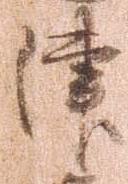
津